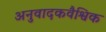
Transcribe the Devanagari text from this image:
अनुवादकवैश्विक